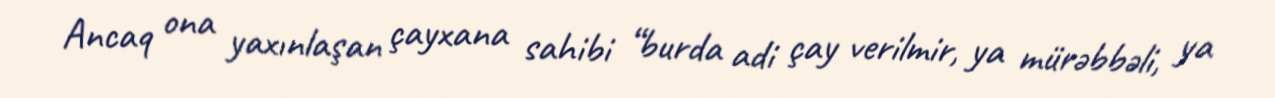
Ancaq ona yaxınlaşan çayxana sahibi “burda adi çay verilmir, ya mürəbbəli, ya